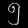
Digit: ၅